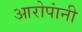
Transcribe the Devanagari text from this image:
आरोपांनी